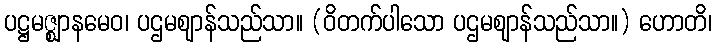
ပဋ္ဌမဇ္ဈာနမေဝ၊ ပဌမဈာန်သည်သာ။ (ဝိတက်ပါသော ပဌမဈာန်သည်သာ။) ဟောတိ၊